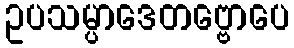
ဥပသမ္ပာဒေတဗ္ဗောပေ